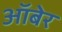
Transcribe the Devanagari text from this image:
ऑबेर